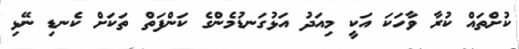
ކުށްތައް ކުރާ ވާހަކަ އަކީ މިއަދު އަޅުގަނޑުމެންގެ ކަންފަތް ތަކަށް ކެނޑި ނޭޅި